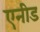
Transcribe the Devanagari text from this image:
एनीड